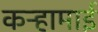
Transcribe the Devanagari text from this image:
कऱ्हामाई